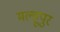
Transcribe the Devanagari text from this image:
मल्हूपुर